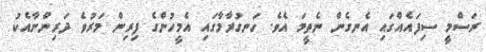
ރަސްމީ ސިފައެއްގައި އެނގެން ނެތީމަ އެވެ. ހަނގުރާމާގައި އެމީހުންގެ ފިރިން މަރުވެ ދަރިންނާއެކު